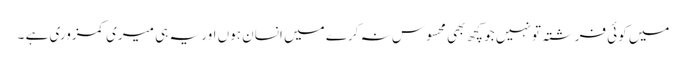
میں کوئی فرشتہ تو نہیں جو کچھ بھی محسوس نہ کرے میں انسان ہوں اور یہ ہی میری کمزوری ہے ۔